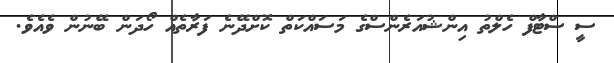
ސީ ސްޓާފް ހެލްތު އިންޝުއަރެންސްގެ މަސައްކަތް ކޮށްދޭނެ ފަރާތެއްް ހޯދަން ބޭނުން ވެއެވެ.